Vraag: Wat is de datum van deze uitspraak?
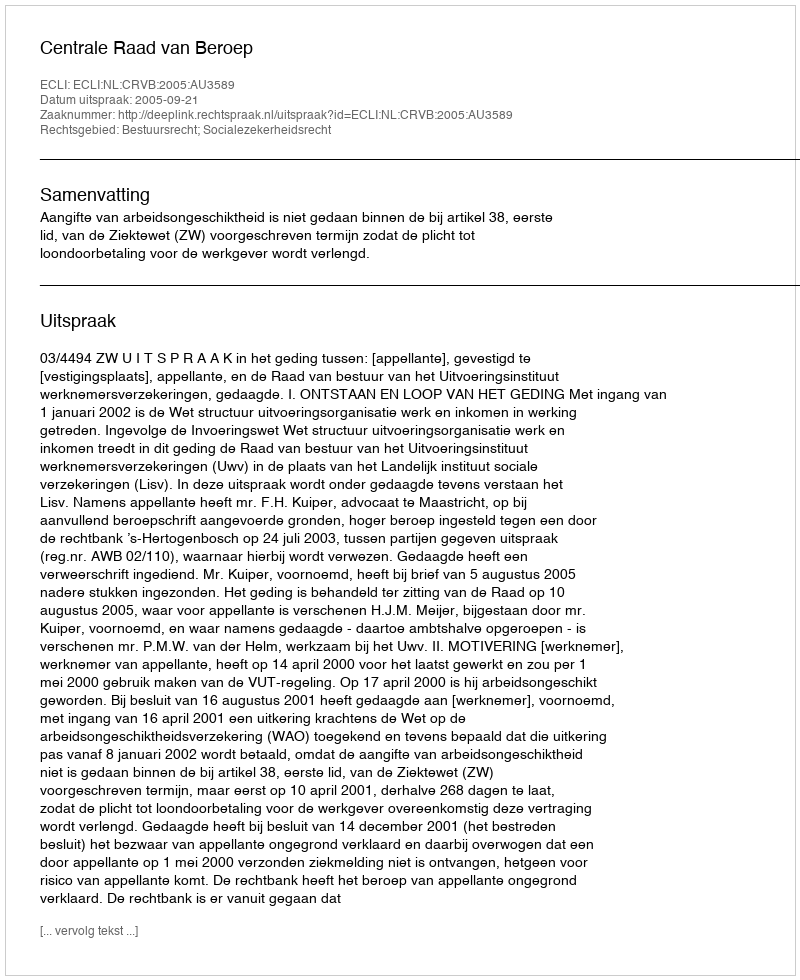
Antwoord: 2005-09-21